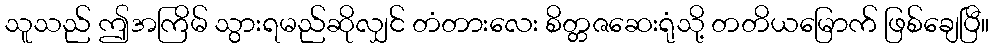
သူသည် ဤအကြိမ် သွားရမည်ဆိုလျှင် တံတားလေး စိတ္တဇဆေးရုံသို့ တတိယမြောက် ဖြစ်ချေပြီ။